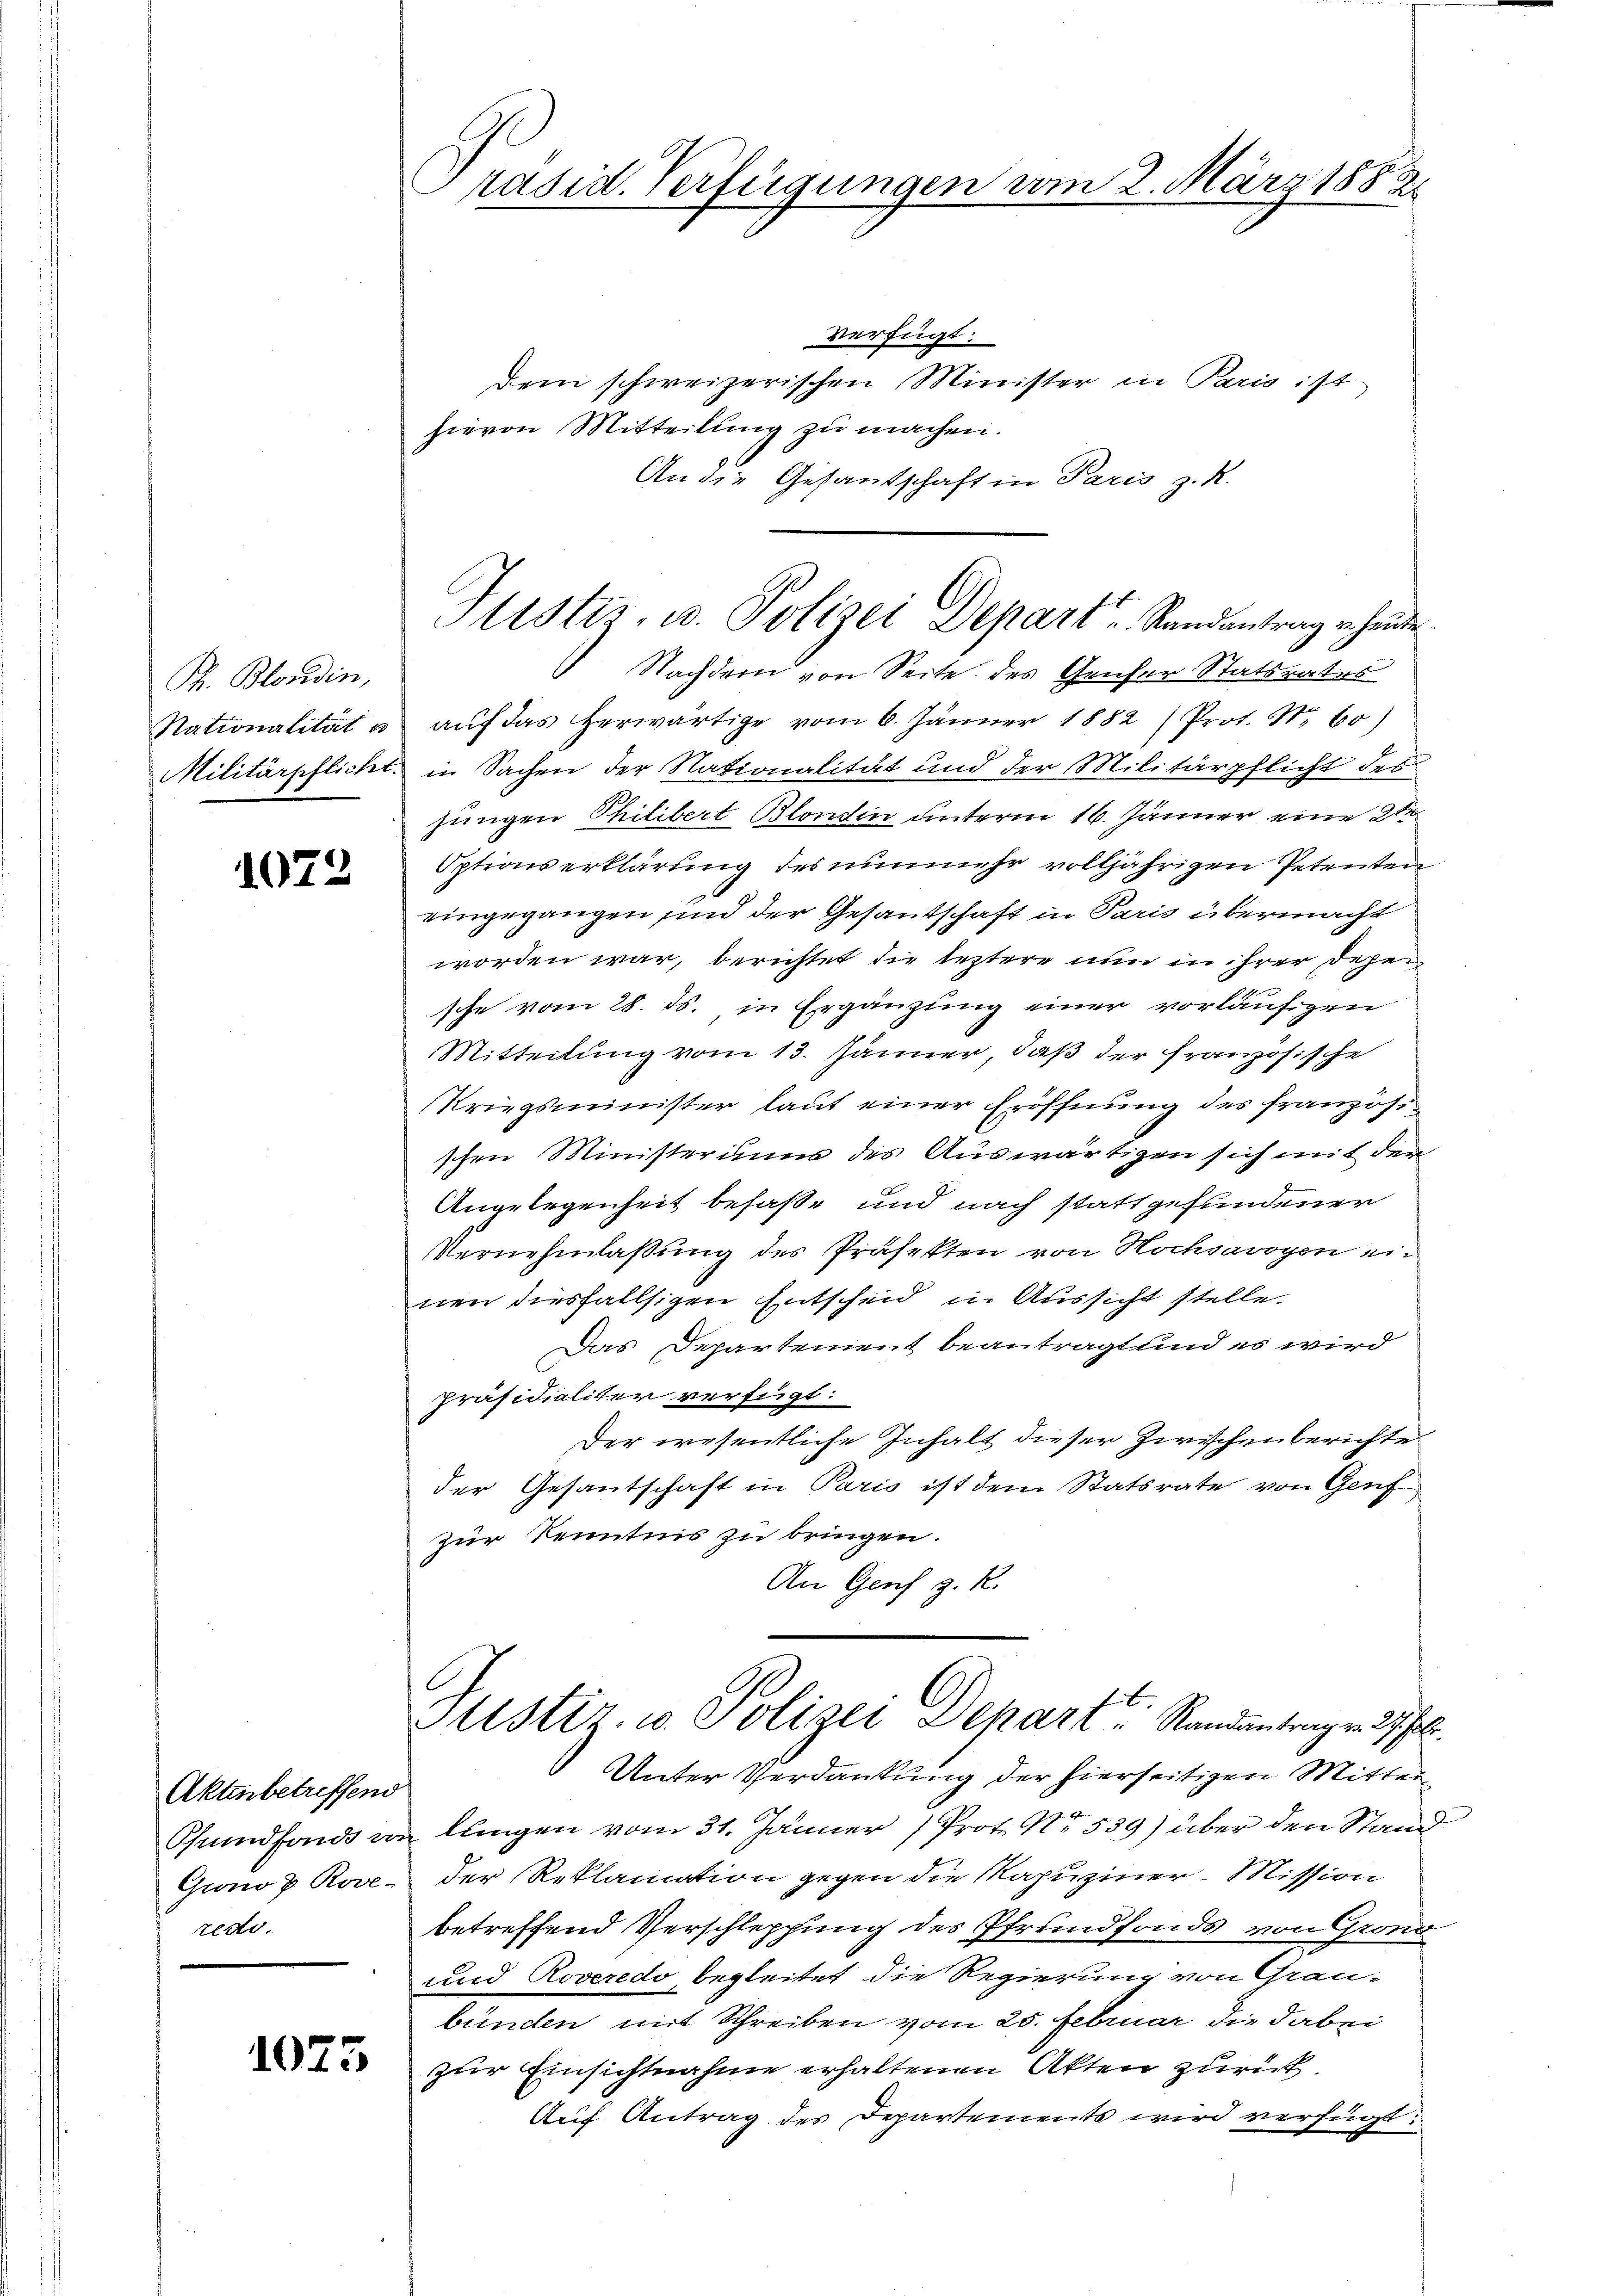
P. Blondin,

1072

Akten betreffend
Pfrundfonds vor
Grono & Rove
rede.

1073

verfügt:
Dem schweizerischen Minister in Paris ist
hievon Mitteilung zu machen.
An die Gesandschaft in Paris z. R.

Nachdem von Seite des Genfer Statsrates
Nationalität u aŭf das herwärtige vom 6. Jänner 1882 (Prot. Nr. 60)
Militärpflicht in Sachen der Nationalität und der Militärpflicht des
jungen Philibert Blondin unterm 16. Jänner eine 2te
Optionserklärung des nunmehr volljährigen Petenten
eingegangen sind der Gesantschaft in Paris übermacht
worden war, berichtet die leztere nun in ihrer Depesche vom 28. ds. in Ergänzung einer vorläufigen
Mitteilung vom 13. Jänner, daß der französische
Kriegsminister laut einer Eröffnung des französischen Ministerium des Auswärtigen sich mit dem
Angelegenheit befaße und nach stattgefundener
Vernehmlassung des Präfekten von Hochsavoyen einen diesfallsigen Entscheid in Aussicht stelle.
Das Departement beantragt und es wird
Präsidialiter verfügt:
Der wesentliche Inhalt dieser Zwischenberichte
der Gesantschaft in Paris ist dem Statsrate von Genf
zur Kenntnis zu bringen.
An Genf z. R.

räsid. Verfügungen vom 2. März 1882

Stister, u. Polizei Depart Randantrag erhande

Stistir- u Polizei Depart Randantragen fl.
Unter Verdankung der hierseitigen Mitter

lungen vom 31. Jänner Prot. No. 539) über den Stand
der Reklamation gegen die Kapuziner Mission
betreffend Verschleppung des Pfrundfonds von Grond
und Roveredo begleitet die Regierung von Graubünden mit Schreiben vom 25. Februar die dabei
zur Einsichtnahme erhaltenen Akten zurück.
Auf Antrag des Departements wird verfügt: